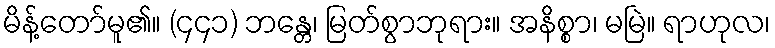
မိန့်တော်မူ၏။ (၄၄၁) ဘန္တေ၊ မြတ်စွာဘုရား။ အနိစ္စာ၊ မမြဲ။ ရာဟုလ၊